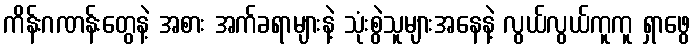
ကိန်းဂဏန်းတွေနဲ့ အစား အက်ခရာများနဲ့ သုံးစွဲသူများအနေနဲ့ လွယ်လွယ်ကူကူ ရှာဖွေ